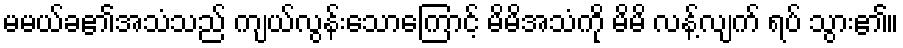
မမယ်ခ၏အသံသည် ကျယ်လွန်းသောကြောင့် မိမိအသံကို မိမိ လန့်လျက် ရပ် သွား၏။